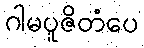
ဂါမပူဇိတံပေ